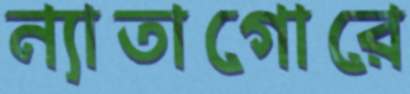
ন্যাতাগোরে